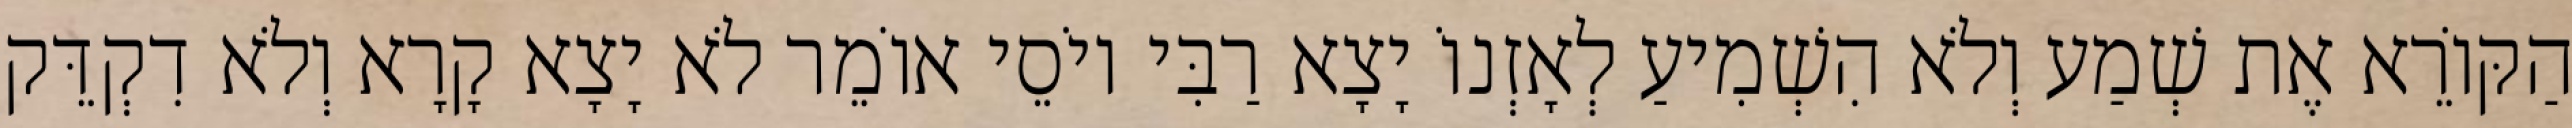
הַקּוֹרֵא אֶת שְׁמַע וְלֹא הִשְׁמִיעַ לְאָזְנוֹ יָצָא רַבִּי יוֹסֵי אוֹמֵר לֹא יָצָא קָרָא וְלֹא דִקְדֵּק